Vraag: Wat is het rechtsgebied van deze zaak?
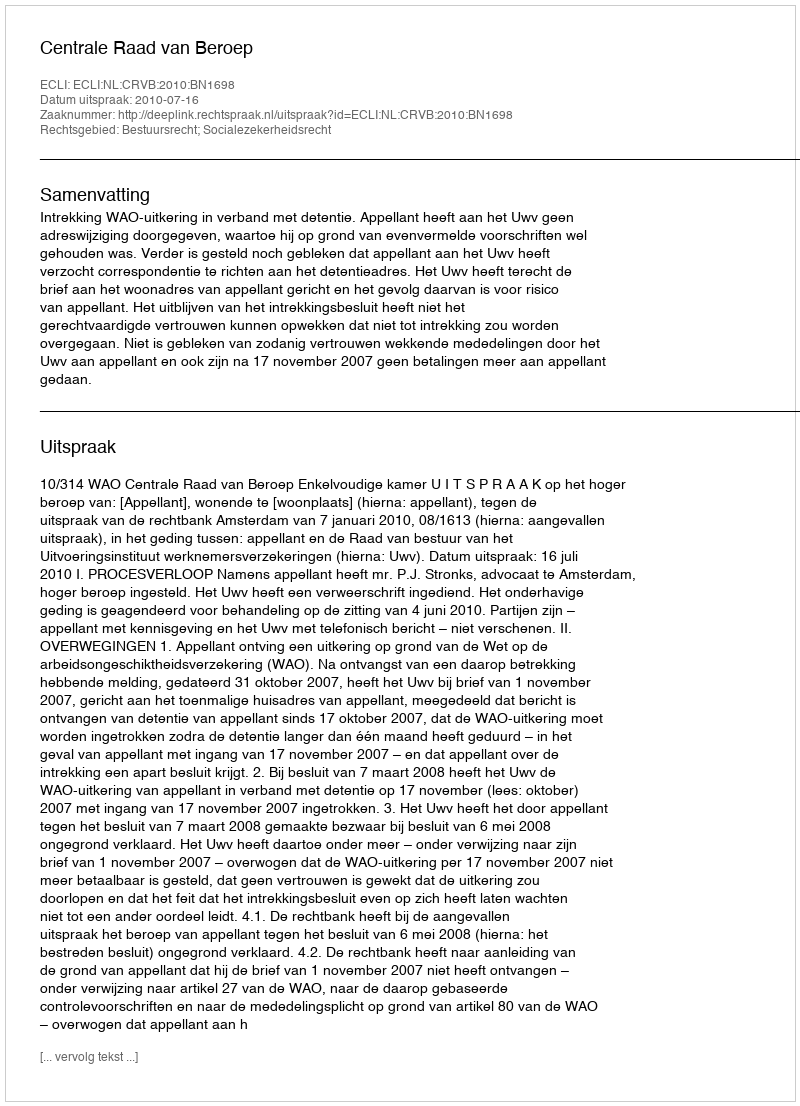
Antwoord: Bestuursrecht; Socialezekerheidsrecht